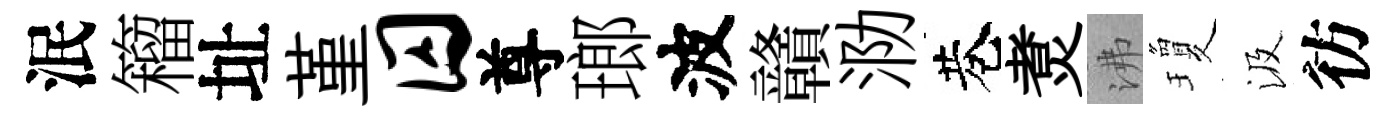
泯籕址堇囚尊瑯波贛泐巷煑沸瓊汲彷